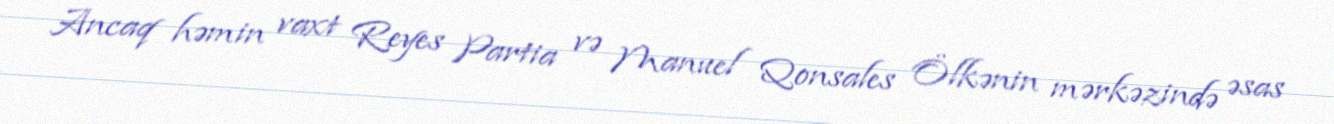
Ancaq həmin vaxt Reyes Partia və Manuel Qonsales Ölkənin mərkəzində əsas